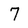
Character: 7